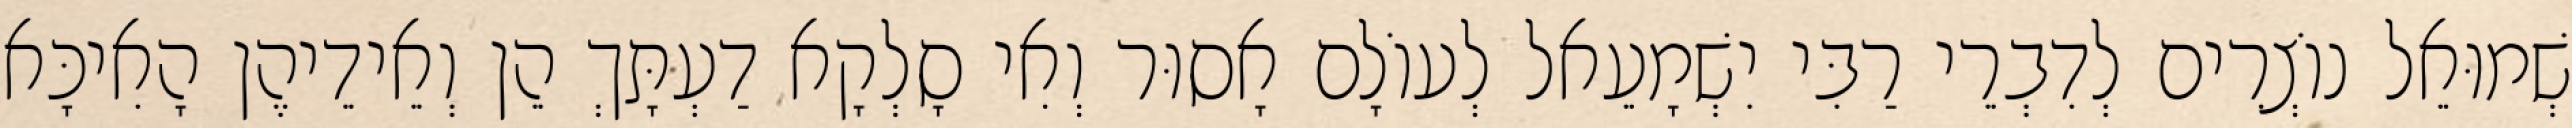
שְׁמוּאֵל נוֹצְרִים לְדִבְרֵי רַבִּי יִשְׁמָעֵאל לְעוֹלָם אָסוּר וְאִי סָלְקָא דַעְתָּךְ הֵן וְאֵידֵיהֶן הָאִיכָּא